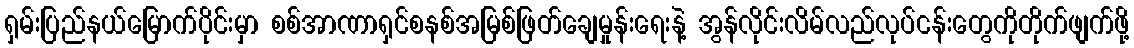
ရှမ်းပြည်နယ်မြောက်ပိုင်းမှာ စစ်အာဏာရှင်စနစ်အမြစ်ဖြတ်ချေမှုန်းရေးနဲ့ အွန်လိုင်းလိမ်လည်လုပ်ငန်းတွေကိုတိုက်ဖျက်ဖို့